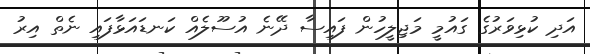
އަދި ކުޅިވަރުގެ ގައުމީ މަޖިލީހުން ފައިސާ ދޭނެ އުސޫލެއް ކަނޑައަޅާފައި ނެތް އިރު